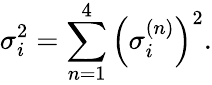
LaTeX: \sigma_{i}^{2}=\sum_{n=1}^{4}\left(\sigma_{i}^{(n)}\right)^{2}.